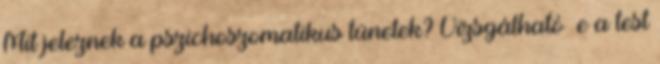
Mit jeleznek a pszichoszomatikus tünetek? Vizsgálható –e a test